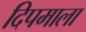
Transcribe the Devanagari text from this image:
दिपमाला